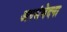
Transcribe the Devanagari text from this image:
अपसंवेदना